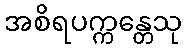
အစိရပက္ကန္တေသု